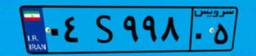
۶۳S۰۹۸۶۵